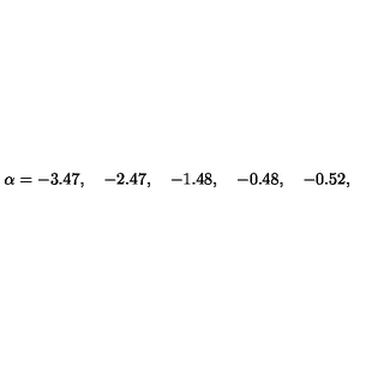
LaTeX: \alpha = - 3 . 4 7 , \quad - 2 . 4 7 , \quad - 1 . 4 8 , \quad - 0 . 4 8 , \quad - 0 . 5 2 ,